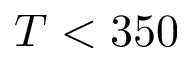
T < 3 5 0